Source: Handwritten
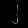
Digit: ၂ (2)